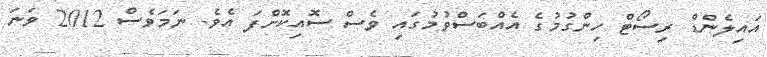
އައިލެންޑް ރިސޯޓް ހިންގުމުގެ އެއްބަސްވުމުގައި ވެސް ސޮއިކޮށްފަ އެވެ. ނަމަވެސް 2012 ވަނަ